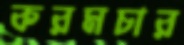
করমচার